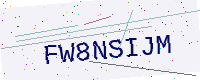
Text: FW8NSIJM